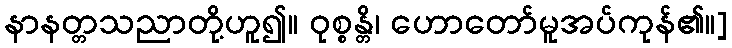
နာနတ္တသညာတို့ဟူ၍။ ဝုစ္စန္တိ၊ ဟောတော်မူအပ်ကုန်၏။]